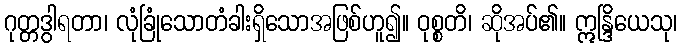
ဂုတ္တဒွါရတာ၊ လုံခြုံသောတံခါးရှိသောအဖြစ်ဟူ၍။ ဝုစ္စတိ၊ ဆိုအပ်၏။ ဣန္ဒြိယေသု၊